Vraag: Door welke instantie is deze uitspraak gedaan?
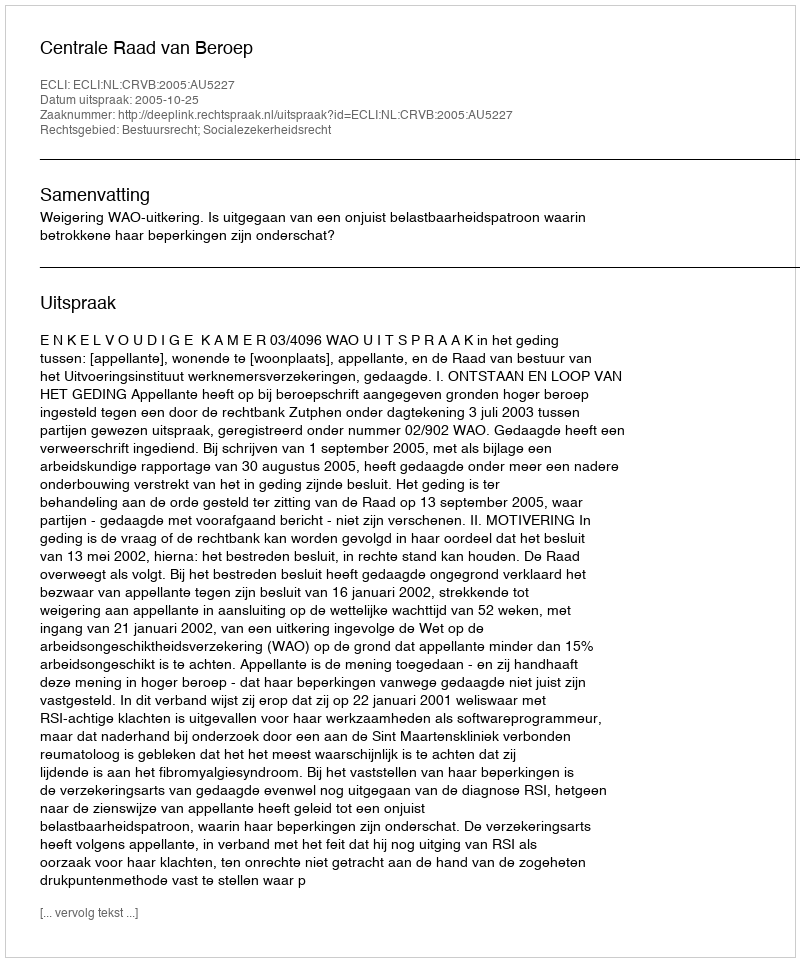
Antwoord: Centrale Raad van Beroep